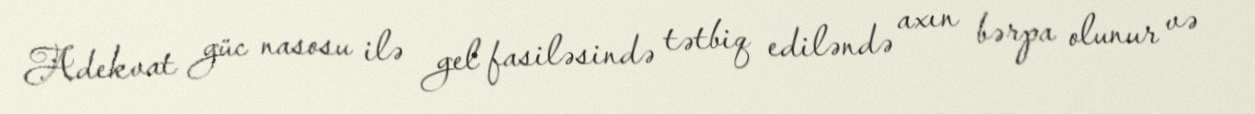
Adekvat güc nasosu ilə gel fasiləsində tətbiq ediləndə axın bərpa olunur və